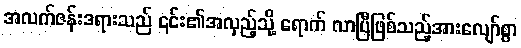
အလက်ဇန်းဒရားသည် ၎င်း၏အလှည့်သို့ ရောက် လာပြီဖြစ်သည့်အားလျော်စွာ